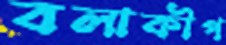
বলাকীপ